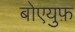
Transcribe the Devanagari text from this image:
बोएयुफ़